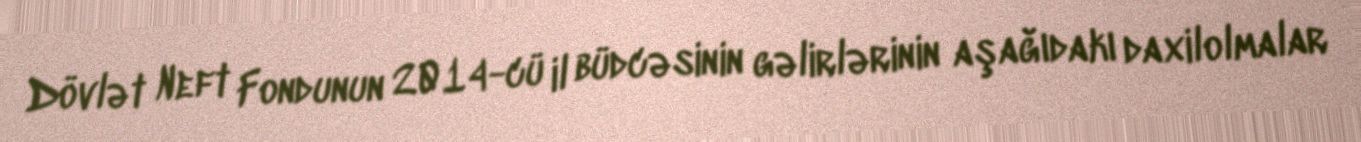
Dövlət Neft Fondunun 2014-cü il büdcəsinin gəlirlərinin aşağıdakı daxilolmalar